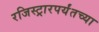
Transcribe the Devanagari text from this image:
रजिस्ट्रारपर्यंतच्या